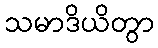
သမာဒိယိတွာ